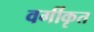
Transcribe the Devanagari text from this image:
वर्गीकृत